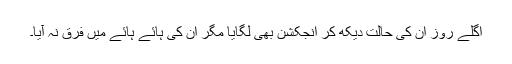
اگلے روز ان کی حالت دیکھ کر انجکشن بھی لگایا مگر ان کی ہائے ہائے میں فرق نہ آیا۔